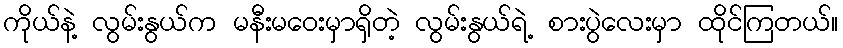
ကိုယ်နဲ့ လွမ်းနွယ်က မနီးမဝေးမှာရှိတဲ့ လွမ်းနွယ်ရဲ့ စားပွဲလေးမှာ ထိုင်ကြတယ်။